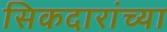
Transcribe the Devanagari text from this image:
सिकदारांच्या